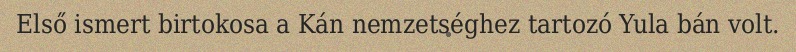
Első ismert birtokosa a Kán nemzetséghez tartozó Yula bán volt.